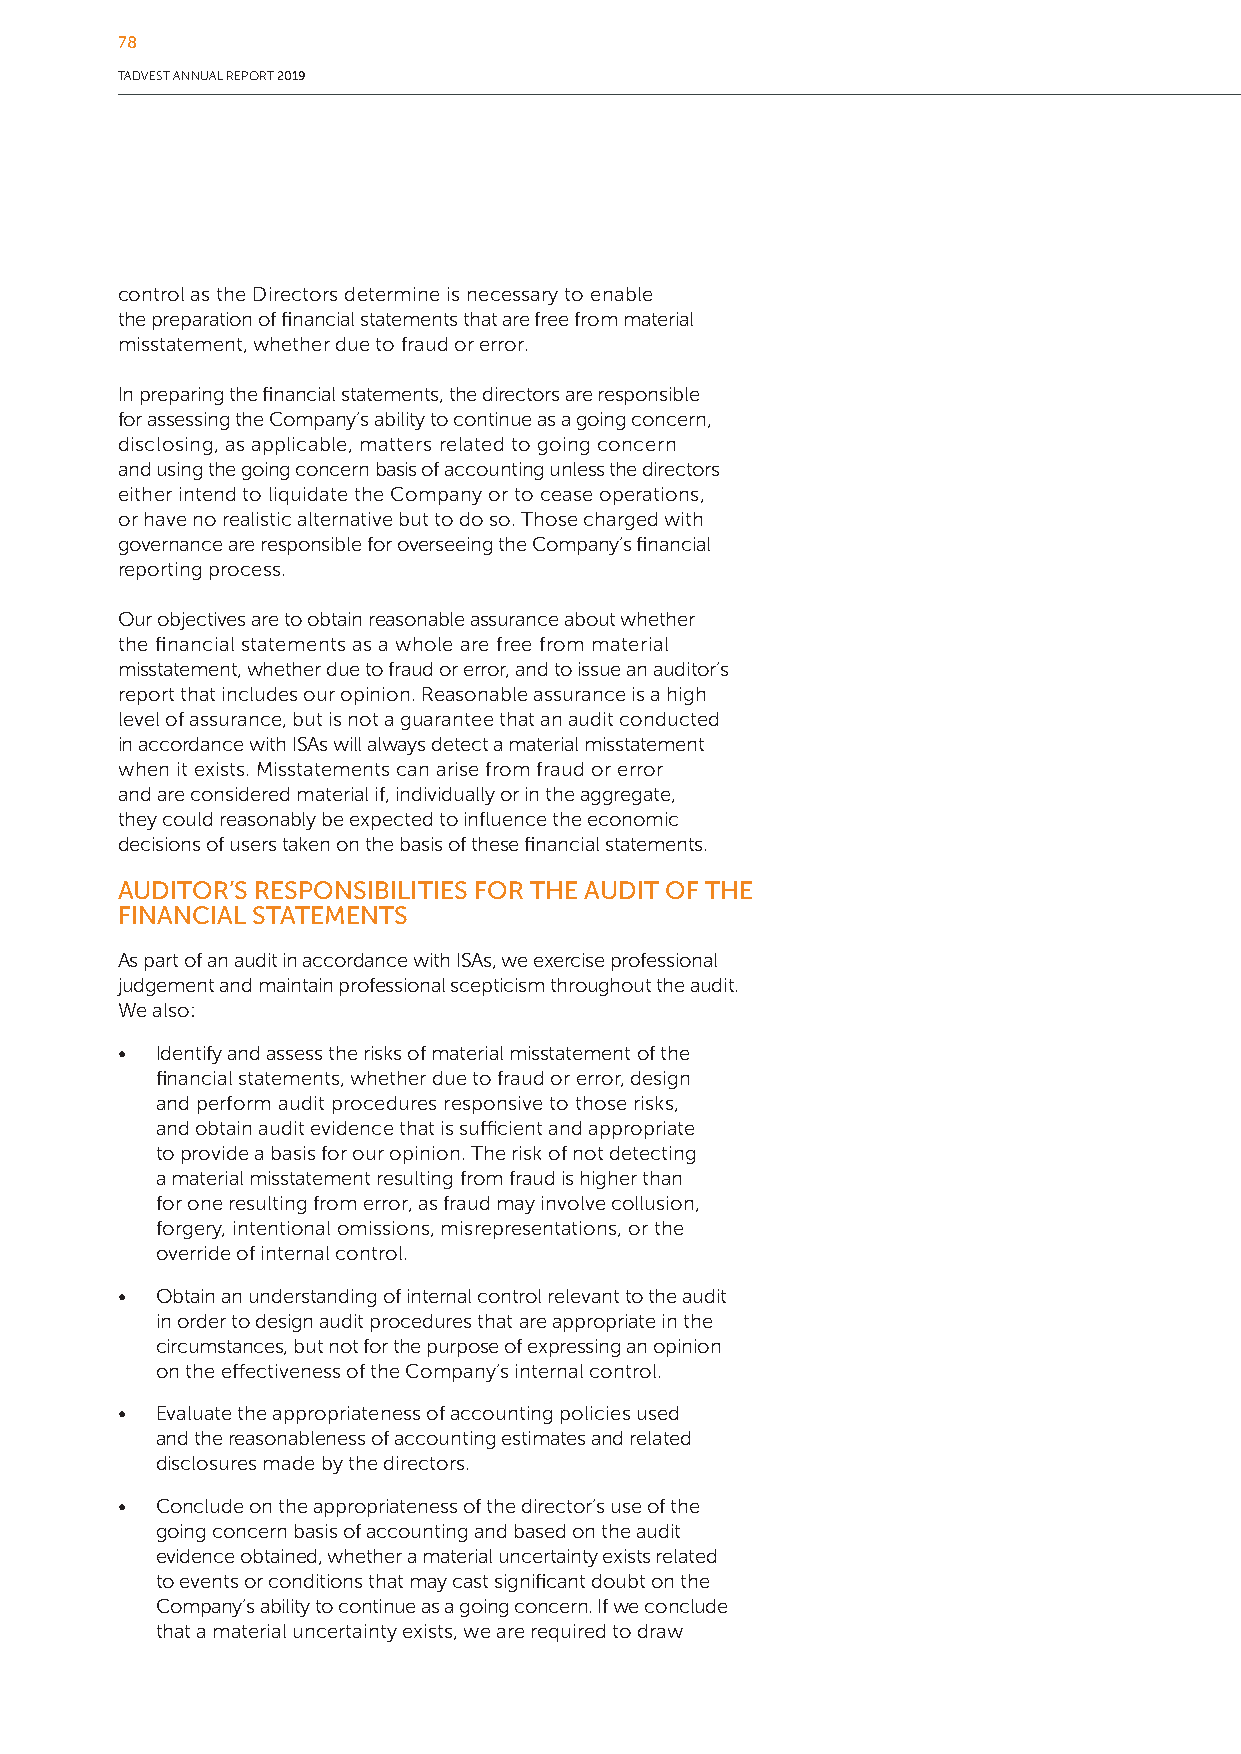
78
 TADVEST ANNUAL REPORT 2019
 control as the Directors determine is necessary to enable
 the preparation of financial statements that are free from material
 misstatement, whether due to fraud or error.
 In preparing the financial statements, the directors are responsible
 for assessing the Company’s ability to continue as a going concern,
 disclosing, as applicable, matters related to going concern
 and using the going concern basis of accounting unless the directors
 either intend to liquidate the Company or to cease operations,
 or have no realistic alternative but to do so. Those charged with
 governance are responsible for overseeing the Company’s financial
 reporting process.
 Our objectives are to obtain reasonable assurance about whether
 the financial statements as a whole are free from material
 misstatement, whether due to fraud or error, and to issue an auditor’s
 report that includes our opinion. Reasonable assurance is a high
 level of assurance, but is not a guarantee that an audit conducted
 in accordance with ISAs will always detect a material misstatement
 when it exists. Misstatements can arise from fraud or error
 and are considered material if, individually or in the aggregate,
 they could reasonably be expected to influence the economic
 decisions of users taken on the basis of these financial statements.
 AUDITOR’S RESPONSIBILITIES FOR THE AUDIT OF THE
 FINANCIAL STATEMENTS
 As part of an audit in accordance with ISAs, we exercise professional
 judgement and maintain professional scepticism throughout the audit.
 We also:
 • Identify and assess the risks of material misstatement of the
 financial statements, whether due to fraud or error, design
 and perform audit procedures responsive to those risks,
 and obtain audit evidence that is sufficient and appropriate
 to provide a basis for our opinion. The risk of not detecting
 a material misstatement resulting from fraud is higher than
 for one resulting from error, as fraud may involve collusion,
 forgery, intentional omissions, misrepresentations, or the
 override of internal control.
 • Obtain an understanding of internal control relevant to the audit
 in order to design audit procedures that are appropriate in the
 circumstances, but not for the purpose of expressing an opinion
 on the effectiveness of the Company’s internal control.
 • Evaluate the appropriateness of accounting policies used
 and the reasonableness of accounting estimates and related
 disclosures made by the directors.
 • Conclude on the appropriateness of the director’s use of the
 going concern basis of accounting and based on the audit
 evidence obtained, whether a material uncertainty exists related
 to events or conditions that may cast significant doubt on the
 Company’s ability to continue as a going concern. If we conclude
 that a material uncertainty exists, we are required to draw